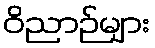
ဝိညာဉ်များ